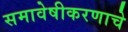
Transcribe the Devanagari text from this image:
समावेषीकरणाचे